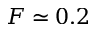
F \simeq 0 . 2